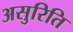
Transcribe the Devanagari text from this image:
असुरिति